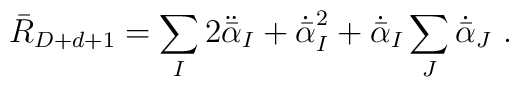
\bar{R}_{D+d+1} = \sum_I 2\ddot{\bar\alpha}_I + \dot{\bar\alpha}_I^2 + \dot{\bar\alpha}_I \sum_J\dot{\bar\alpha}_J \ .